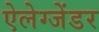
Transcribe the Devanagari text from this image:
ऐलेग्जेंडर